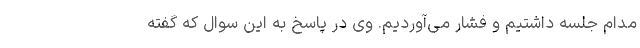
مدام جلسه داشتیم و فشار می‌آوردیم. وی در پاسخ به این سوال که گفته